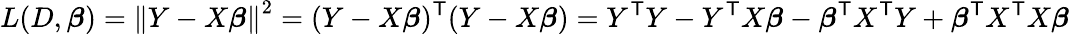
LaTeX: L(D,{\boldsymbol{\beta}})=\left\| Y-X{\boldsymbol{\beta}}\right\| ^{2}=(Y-X{\boldsymbol{\beta}})^{\mathsf{T}}(Y-X{\boldsymbol{\beta}})=Y^{\mathsf{T}}Y-Y^{\mathsf{T}}X{\boldsymbol{\beta}}-{\boldsymbol{\beta}}^{\mathsf{T}}X^{\mathsf{T}}Y+{\boldsymbol{\beta}}^{\mathsf{T}}X^{\mathsf{T}}X{\boldsymbol{\beta}}